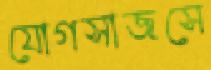
যোগসাজসে